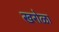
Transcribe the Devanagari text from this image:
खरोळा